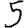
Digit: 5